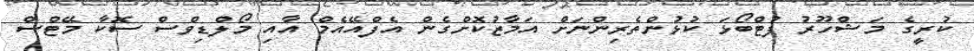
ކުރީގެ މަޝްހޫރު ފުޓްބޯޅަ ކުޅުންތެރިންނަށް އަމާޒުކޮށްގެން އެފްއޭއެމް އާއި މޯލްޑިވްސް ސޮކާ މޭޓްސް